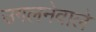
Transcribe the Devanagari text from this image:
उगलनेवाले